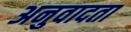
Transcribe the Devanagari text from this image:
अनुवादता